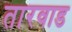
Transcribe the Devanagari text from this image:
तारवाड